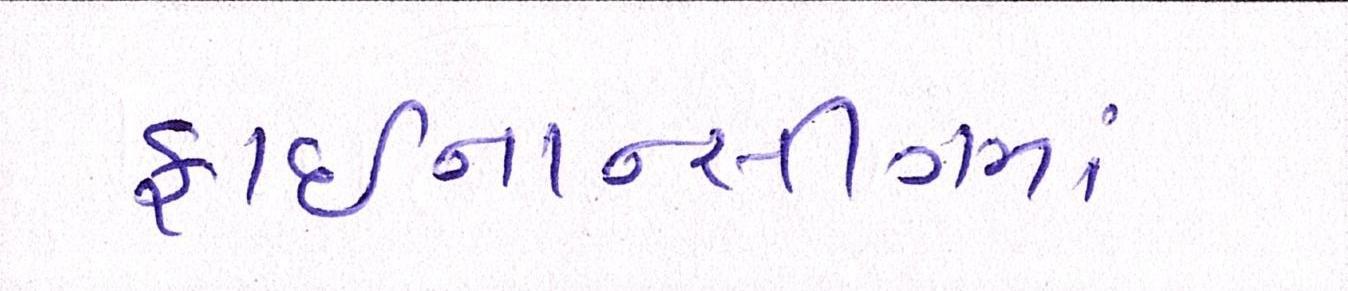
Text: ફાઈનાનસીંગમાં